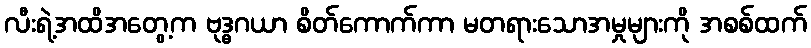
လီးရဲ့အထိအတွေ့က ဗုဒ္ဓဂယာ စိတ်ကောက်ကာ မတရားသောအမှုများကို အစစ်ထက်